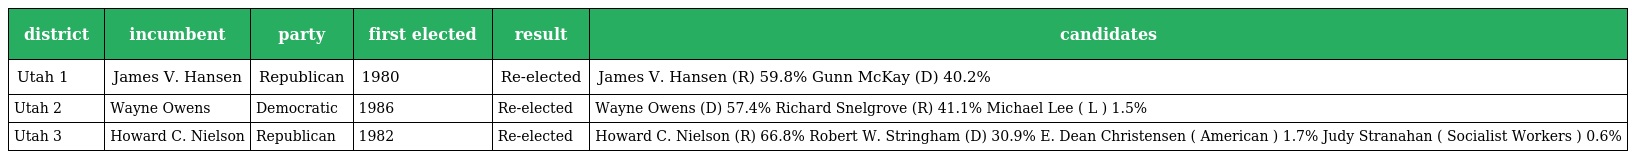
| district | incumbent | party | first elected | result | candidates |
 | --- | --- | --- | --- | --- | --- |
 | Utah 1 | James V. Hansen | Republican | 1980 | Re-elected | James V. Hansen (R) 59.8% Gunn McKay (D) 40.2% |
 | Utah 2 | Wayne Owens | Democratic | 1986 | Re-elected | Wayne Owens (D) 57.4% Richard Snelgrove (R) 41.1% Michael Lee ( L ) 1.5% |
 | Utah 3 | Howard C. Nielson | Republican | 1982 | Re-elected | Howard C. Nielson (R) 66.8% Robert W. Stringham (D) 30.9% E. Dean Christensen ( American ) 1.7% Judy Stranahan ( Socialist Workers ) 0.6% |